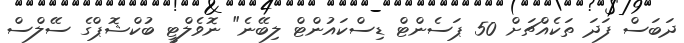
ދަބަސް ފަދަ ތަކެއްޗަށް 50 ޕަސެންޓް ޑިސްކައުންޓް ލިބޭނެ" ނޮވެލްޓީ ބުކްޝޮޕްގެ ސޭލްސް